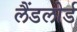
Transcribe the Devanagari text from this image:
लैंडलोर्ड